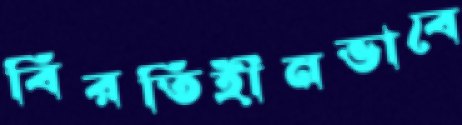
বিরতিহীনভাবে